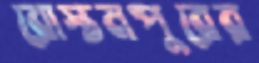
রোস্তমপুরের